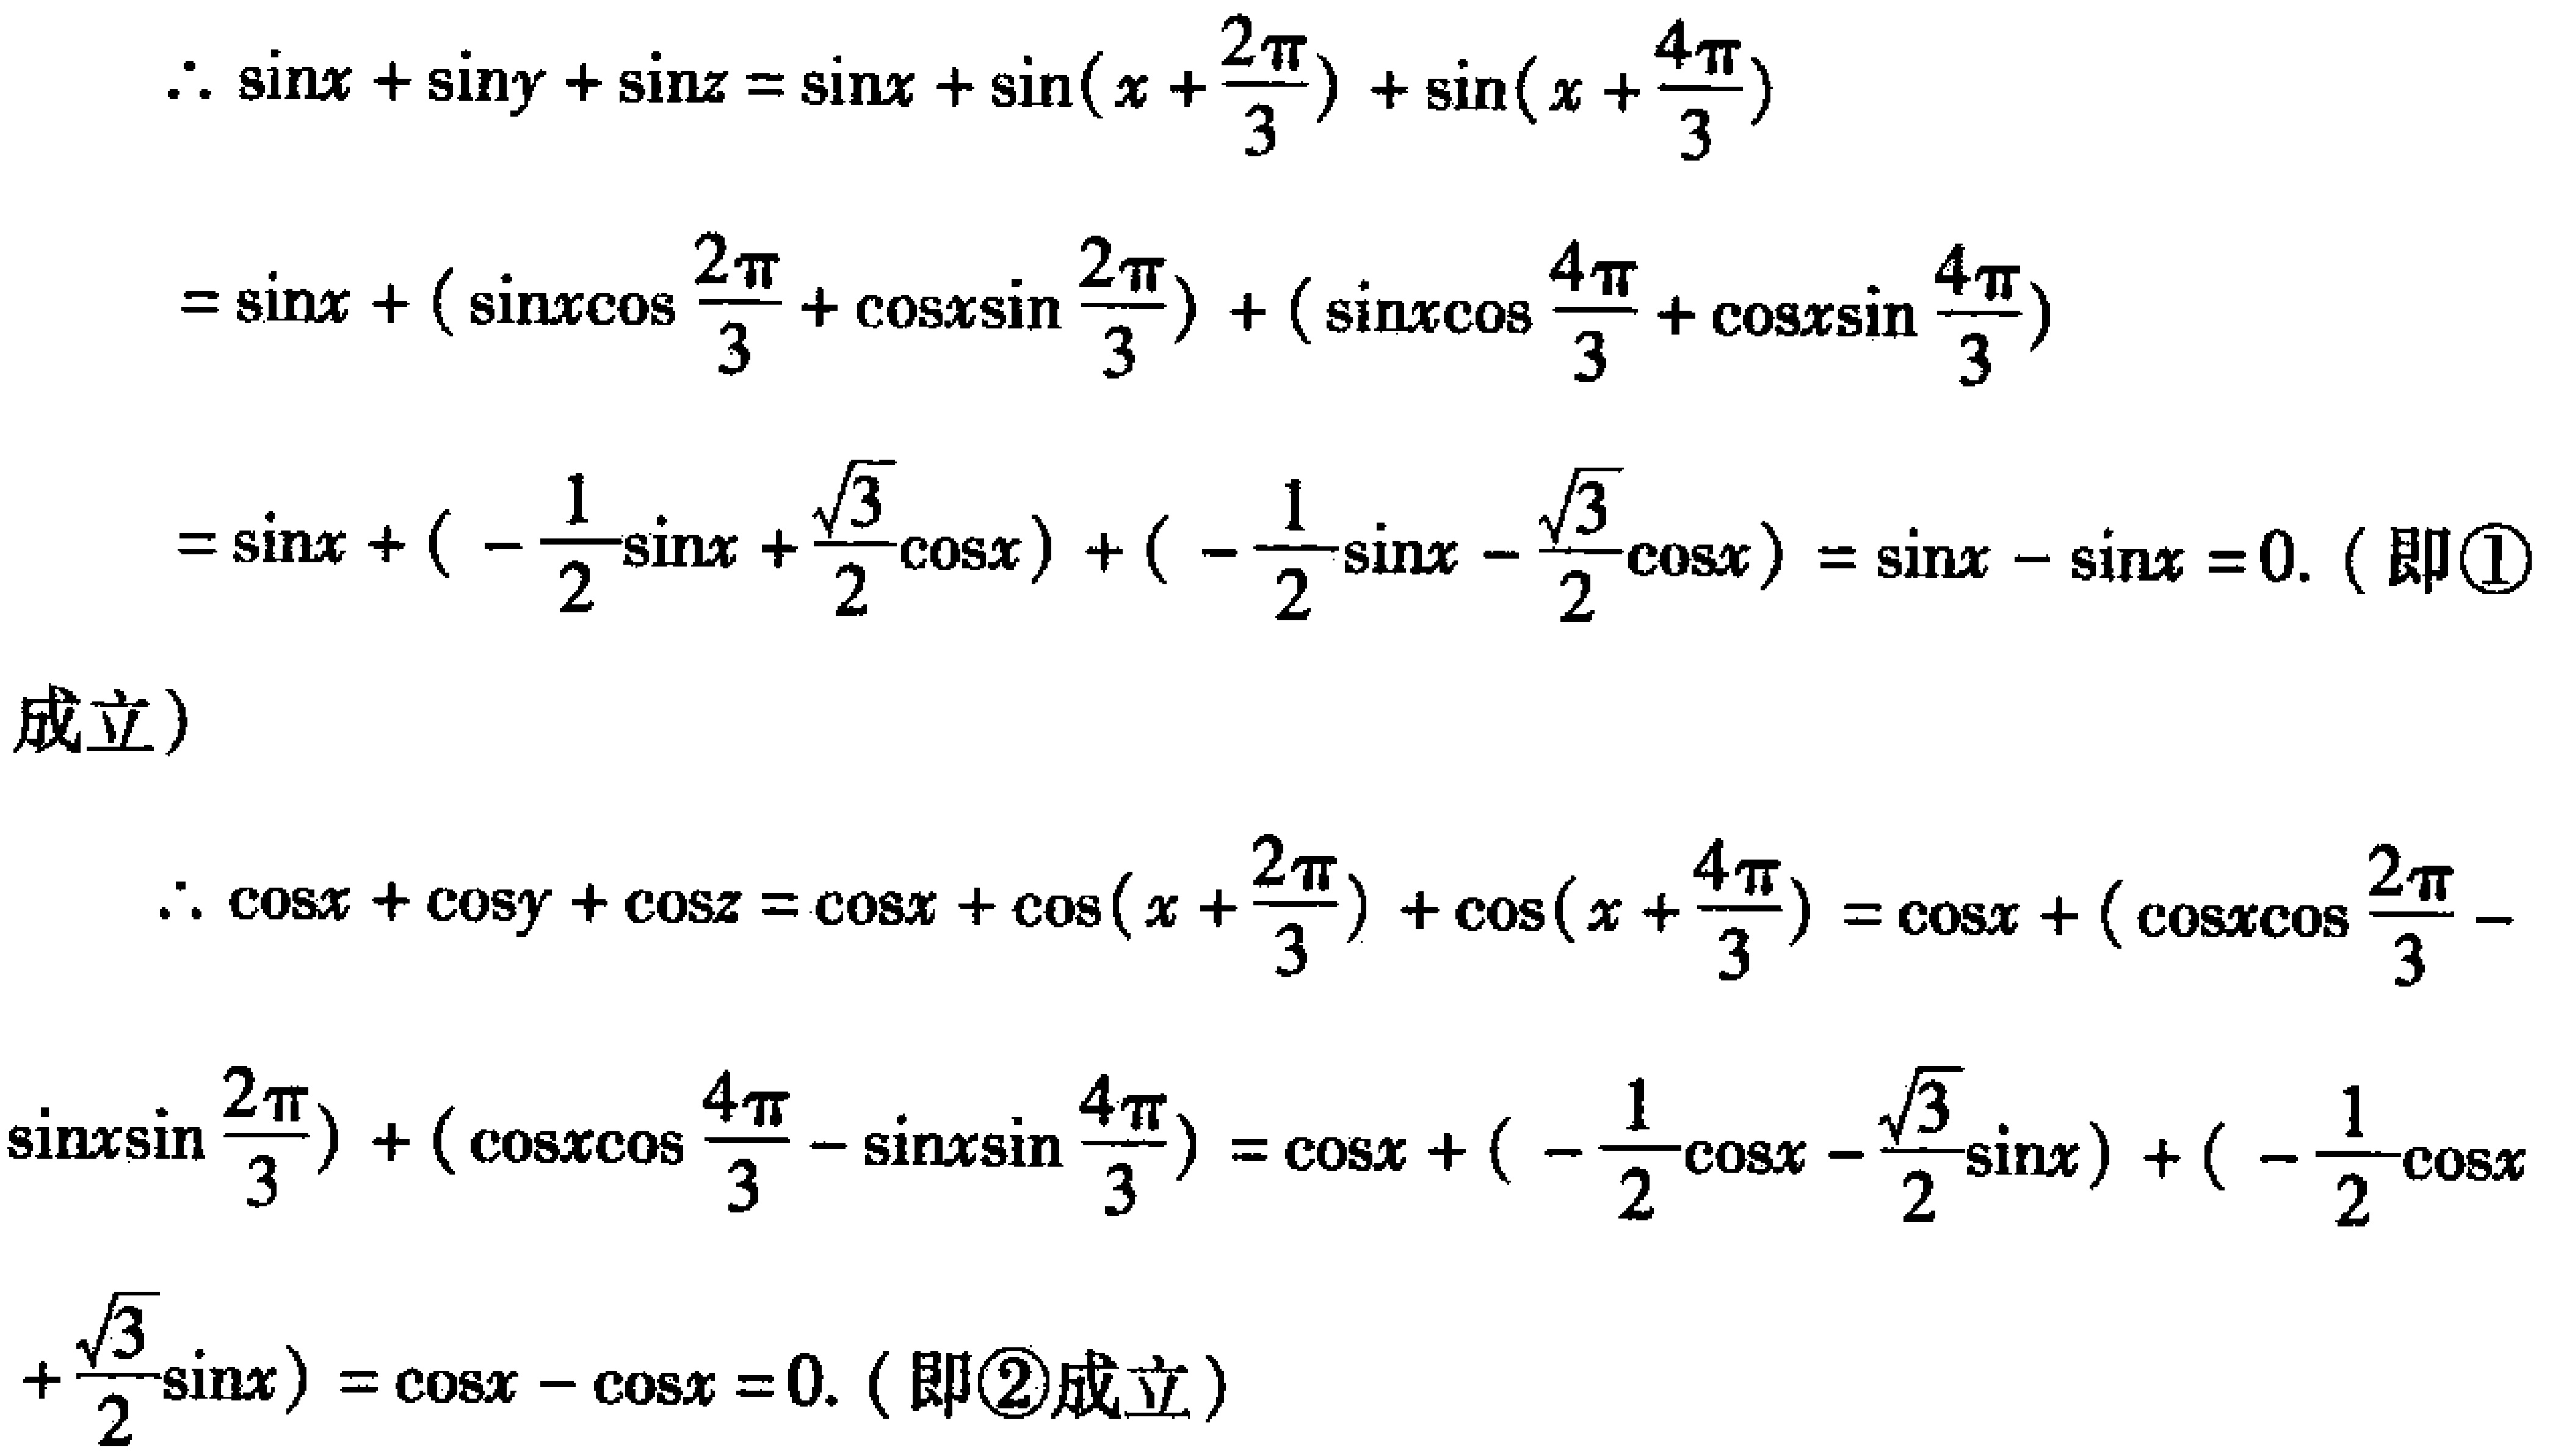
\(\therefore \sin x+\sin y+\sin z = \sin x+\sin(x + \frac{2\pi}{3})+\sin(x+\frac{4\pi}{3})\)
\(=\sin x+(\sin x\cos\frac{2\pi}{3}+\cos x\sin\frac{2\pi}{3})+(\sin x\cos\frac{4\pi}{3}+\cos x\sin\frac{4\pi}{3})\)
\(=\sin x+(-\frac{1}{2}\sin x+\frac{\sqrt{3}}{2}\cos x)+(-\frac{1}{2}\sin x - \frac{\sqrt{3}}{2}\cos x)=\sin x-\sin x = 0. \text{ (即\textcircled{1}}\)
\(\text{成立})\)
\(\therefore \cos x+\cos y+\cos z=\cos x+\cos(x + \frac{2\pi}{3})+\cos(x+\frac{4\pi}{3})=\cos x+(\cos x\cos\frac{2\pi}{3}-\)
\(\sin x\sin\frac{2\pi}{3})+(\cos x\cos\frac{4\pi}{3}-\sin x\sin\frac{4\pi}{3})=\cos x+(-\frac{1}{2}\cos x-\frac{\sqrt{3}}{2}\sin x)+(-\frac{1}{2}\cos x\)
\(+\frac{\sqrt{3}}{2}\sin x)=\cos x-\cos x = 0. \text{ (即\textcircled{2}成立})\)